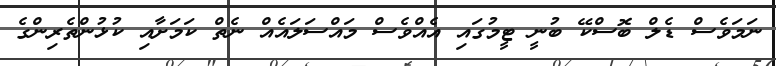
ނަމަވެސް ޑެލް ބޮސްކޭ ބުނީ ޓީމުގައި އެއްވެސް މައްސަލައެއް ނެތް ކަމަށާއި ކުޅުންތެރިންގެ